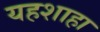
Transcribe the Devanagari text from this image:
यहशाहा